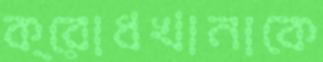
ক্রোধখানাকে